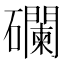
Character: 䃹